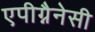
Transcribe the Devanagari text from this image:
एपीग्नैनेसी